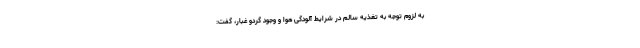
به لزوم توجه به تغذیه سالم در شرایط آلودگی هوا و وجود گردو غبار، گفت: